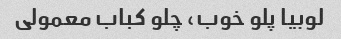
لوبیا پلو خوب، چلو کباب معمولی